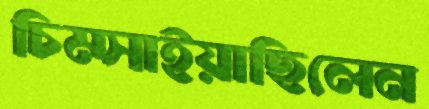
চিম্‌সাইয়াছিলেন